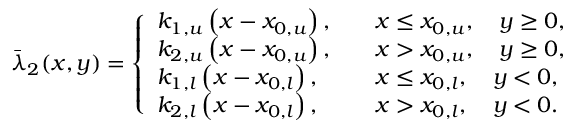
\Bar { \lambda } _ { 2 } ( x , y ) = \left\{ \begin{array} { l l } { k _ { 1 , u } \left( x - x _ { 0 , u } \right) , } & { \quad x \leq x _ { 0 , u } , \quad y \geq 0 , } \\ { k _ { 2 , u } \left( x - x _ { 0 , u } \right) , } & { \quad x > x _ { 0 , u } , \quad y \geq 0 , } \\ { k _ { 1 , l } \left( x - x _ { 0 , l } \right) , } & { \quad x \leq x _ { 0 , l } , \quad y < 0 , } \\ { k _ { 2 , l } \left( x - x _ { 0 , l } \right) , } & { \quad x > x _ { 0 , l } , \quad y < 0 . } \end{array} \right.